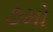
૭મો